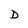
Character: D